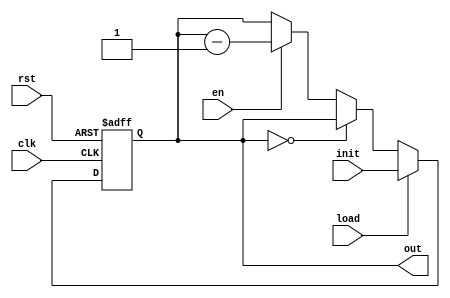
`timescale 1ns / 1ps
`default_nettype none //helps catch typo-related bugs
//////////////////////////////////////////////////////////////////////////////////
// 
// CS 141 - Fall 2015
// Module Name:    timer_new 
// Author(s): 
// Description: 
//
//
//////////////////////////////////////////////////////////////////////////////////
module timer(clk, rst, en, load, init, out);

	//parameter definitions
	parameter N = 4; //4 bits
	
	//port definitions - customize for different bit widths
	input wire clk, rst, en, load;
	input wire [N-1:0] init;
	output wire [N-1:0] out;

	
	// register and wire for next register value
	reg [N-1:0] r_cur, r_next;
	
	//register
	// run this at every positive edge of the clock and the reset
	always @(posedge clk, posedge rst)
	begin
		// if reset is asserted then assign 4 bit max value
		if (rst) // Highest presedence
			r_cur <= 4'b1111; // async reset to max value
		else
			r_cur <= r_next; // go to next state
	end
	
	// next-state logic (combinational)
	always @*
	begin
		// if load is asserted then set next state to the value of init
		if (load) // 2nd highest presedence
			r_next = init;
		// if current state is zero then stay at zero
		else if (r_cur == 4'b0) 
			r_next = r_cur;
		// if en is asserted then decrease by one
		else if (en) // 3rd highest presedence
			r_next = r_cur - 1;
		// default case if none of the above conditions are met
		// hold the previous state
		else
			r_next = r_cur;
	end
	
	// output
	assign out = r_cur;
		

endmodule
`default_nettype wire //some Xilinx IP requires that the default_nettype be set to wire